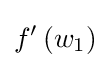
f'\left(w_{1}\right)